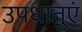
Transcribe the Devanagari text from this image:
उपधातुएं